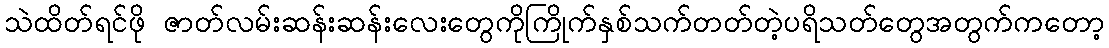
သဲထိတ်ရင်ဖို ဇာတ်လမ်းဆန်းဆန်းလေးတွေကိုကြိုက်နှစ်သက်တတ်တဲ့ပရိသတ်တွေအတွက်ကတော့